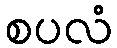
စပလံ